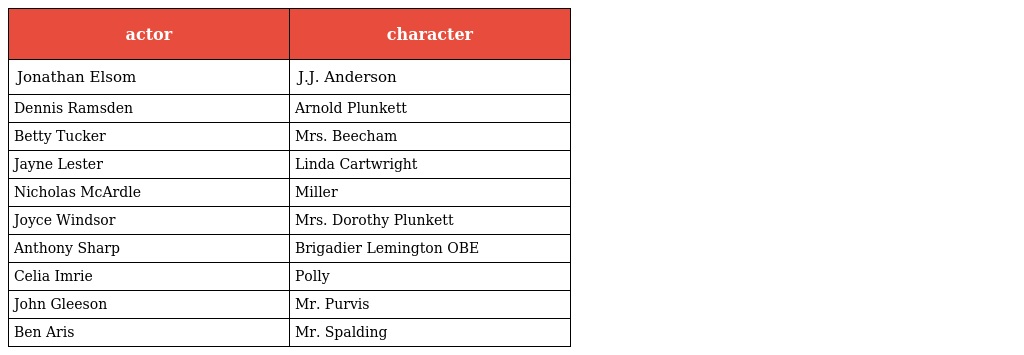
| actor | character |
 | --- | --- |
 | Jonathan Elsom | J.J. Anderson |
 | Dennis Ramsden | Arnold Plunkett |
 | Betty Tucker | Mrs. Beecham |
 | Jayne Lester | Linda Cartwright |
 | Nicholas McArdle | Miller |
 | Joyce Windsor | Mrs. Dorothy Plunkett |
 | Anthony Sharp | Brigadier Lemington OBE |
 | Celia Imrie | Polly |
 | John Gleeson | Mr. Purvis |
 | Ben Aris | Mr. Spalding |